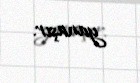
yanaşır.